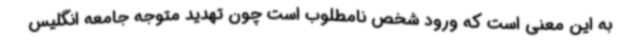
به این معنی است که ورود شخص نامطلوب است چون تهدید متوجه جامعه انگلیس